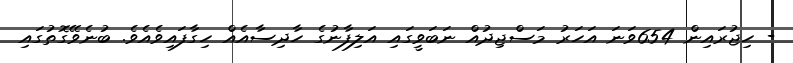
- ހިޖުރައިން 654ވަނަ އަހަރު މަސްޖިދުއް ނަބަވީގައި އަލިފާނުގެ ހާދިސާއެއް ހިގާފައިވެއެވެ. ބުނެވޭގޮތުގައި